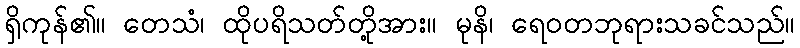
ရှိကုန်၏။ တေသံ၊ ထိုပရိသတ်တို့အား။ မုနိ၊ ရေဝတဘုရားသခင်သည်။